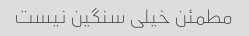
مطمئن خیلی سنگین نیست